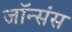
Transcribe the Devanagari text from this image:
जॉन्संस